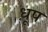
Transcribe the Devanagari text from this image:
ध़ूप